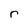
Character: r